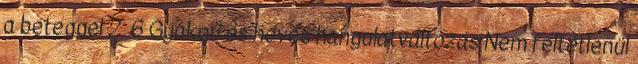
a beteggel 2 6 Gyakori és heves hangulatváltozás Nem feltétlenül